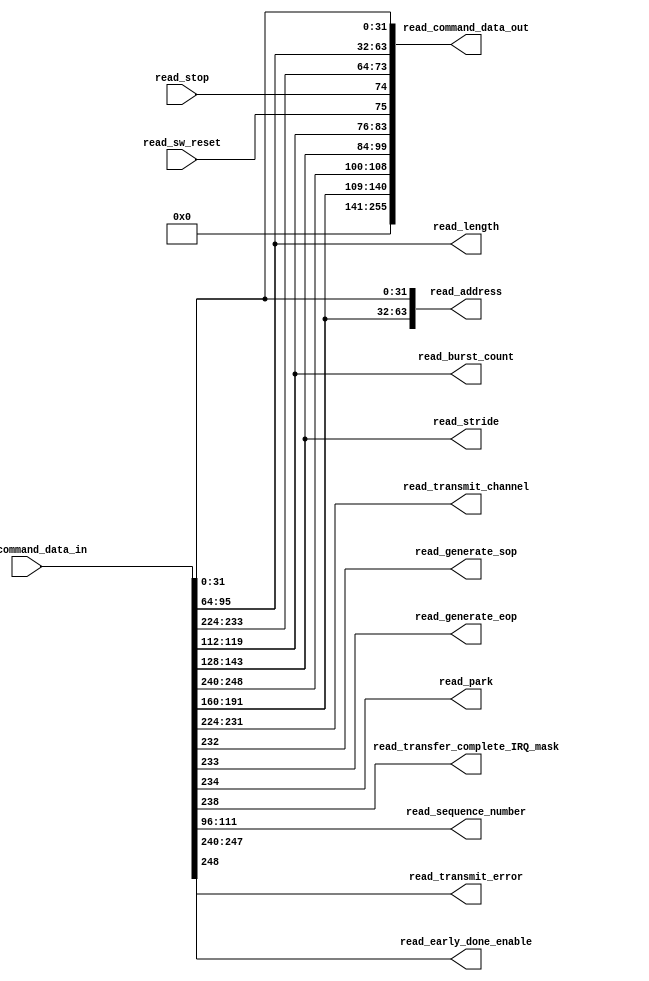
module read_signal_breakout (
  read_command_data_in,     // descriptor from the read FIFO
  read_command_data_out,  // reformated descriptor to the read master

  // breakout of command information
  read_address,
  read_length,
  read_transmit_channel,
  read_generate_sop,
  read_generate_eop,
  read_park,
  read_transfer_complete_IRQ_mask,
  read_burst_count,      // when 'ENHANCED_FEATURES' is 0 this will be driven to ground
  read_stride,           // when 'ENHANCED_FEATURES' is 0 this will be driven to ground
  read_sequence_number,  // when 'ENHANCED_FEATURES' is 0 this will be driven to ground
  read_transmit_error,
  read_early_done_enable,

  // additional control information that needs to go out asynchronously with the command data
  read_stop,
  read_sw_reset
);

  parameter DATA_WIDTH = 256;  // 256 bits when enhanced settings are enabled otherwise 128 bits

  input [DATA_WIDTH-1:0] read_command_data_in;
  output wire [255:0] read_command_data_out;

  output wire [63:0] read_address;
  output wire [31:0] read_length;
  output wire [7:0] read_transmit_channel;
  output wire read_generate_sop;
  output wire read_generate_eop;
  output wire read_park;
  output wire read_transfer_complete_IRQ_mask;
  output wire [7:0] read_burst_count;
  output wire [15:0] read_stride;
  output wire [15:0] read_sequence_number;
  output wire [7:0] read_transmit_error;
  output wire read_early_done_enable;

  input read_stop;
  input read_sw_reset;
  
  
  assign read_address[31:0] = read_command_data_in[31:0];
  assign read_length = read_command_data_in[95:64];


  generate
    if (DATA_WIDTH == 256)
    begin
      assign read_early_done_enable = read_command_data_in[248];
      assign read_transmit_error = read_command_data_in[247:240];
      assign read_transmit_channel = read_command_data_in[231:224];
      assign read_generate_sop = read_command_data_in[232];
      assign read_generate_eop = read_command_data_in[233];
      assign read_park = read_command_data_in[234];
      assign read_transfer_complete_IRQ_mask = read_command_data_in[238];
      assign read_burst_count = read_command_data_in[119:112];
      assign read_stride = read_command_data_in[143:128];
      assign read_sequence_number = read_command_data_in[111:96];
      assign read_address[63:32] = read_command_data_in[191:160];
    end
    else
    begin
      assign read_early_done_enable = read_command_data_in[120];
      assign read_transmit_error = read_command_data_in[119:112];
      assign read_transmit_channel = read_command_data_in[103:96];
      assign read_generate_sop = read_command_data_in[104];
      assign read_generate_eop = read_command_data_in[105];
      assign read_park = read_command_data_in[106];
      assign read_transfer_complete_IRQ_mask = read_command_data_in[110];
      assign read_burst_count = 8'h00;
      assign read_stride = 16'h0000;
      assign read_sequence_number = 16'h0000;  
      assign read_address[63:32] = 32'h00000000;
    end
  endgenerate

  // big concat statement to glue all the signals back together to go out to the read master (MSBs to LSBs)
  assign read_command_data_out = {{115{1'b0}},  // zero pad the upper 115 bits
                                 read_address[63:32],
                                 read_early_done_enable,
                                 read_transmit_error,
                                 read_stride,
                                 read_burst_count,
                                 read_sw_reset,
                                 read_stop,
                                 read_generate_eop,
                                 read_generate_sop,
                                 read_transmit_channel,
                                 read_length,
                                 read_address[31:0]};

endmodule